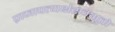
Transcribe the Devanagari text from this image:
प्राजापत्यर्क्षसम्भूतो